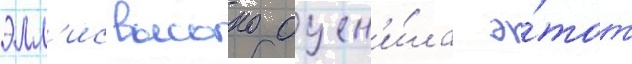
элл'ис высоко оцен'и́ла э́тот